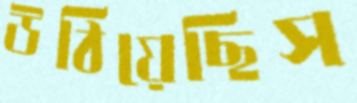
উঠিয়েছিস